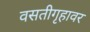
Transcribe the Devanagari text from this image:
वसतीगृहावर